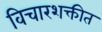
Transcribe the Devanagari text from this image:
विचारशक्तीत